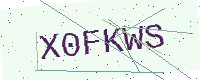
Text: X0FKWS